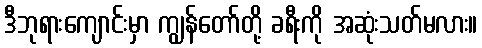
ဒီဘုရားကျောင်းမှာ ကျွန်တော်တို့ ခရီးကို အဆုံးသတ်မလား။